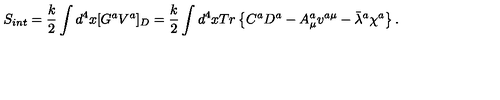
S _ { i n t } = \frac { k } { 2 } \int d ^ { 4 } x [ G ^ { a } V ^ { a } ] _ { D } = \frac { k } { 2 } \int d ^ { 4 } x T r \left\{ C ^ { a } D ^ { a } - A _ { \mu } ^ { a } v ^ { a \mu } - \bar { \lambda } { } ^ { a } \chi ^ { a } \right\} .